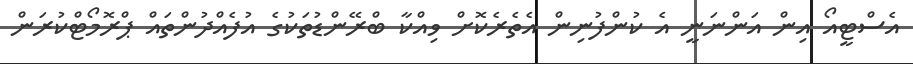
އެސްޓީއޯ އިން އަންނަނީ އެ ކުންފުނިން އެތެރެކޮށް ވިއްކާ ބްރޭންޑުތަކުގެ އުފެއްދުންތައް ޕްރޮމޯޓްކުރަން